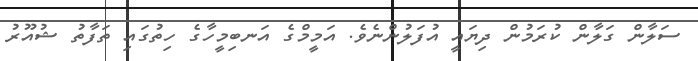
ސަލާން ގަލާން ކުރަމުން ދިޔައީ އުފަލުންނެވެ. އަމީމްގެ އަނބިމީހާގެ ހިތުގައި ތަފާތު ޝުއޫރު